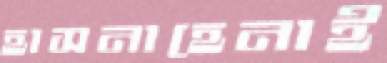
হাসনাহেনাই